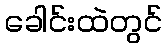
ခေါင်းထဲတွင်